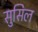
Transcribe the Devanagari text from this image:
सुसिल